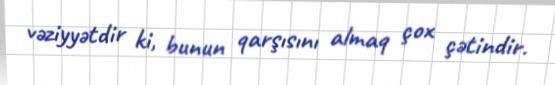
vəziyyətdir ki, bunun qarşısını almaq çox çətindir.